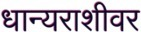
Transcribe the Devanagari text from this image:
धान्यराशीवर